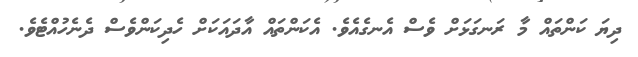
ދިޔަ ކަންތައް މާ ރަނގަޅަށް ވެސް އެނގެއެވެ. އެކަންތައް އާދައަަކަށް ހެދިކަންވެސް ދެނެހުއްޓެވެ.